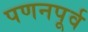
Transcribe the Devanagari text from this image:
पणनपूर्व